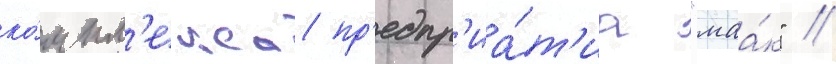
ко́мпл'екса пр'едпр'иа́т'иа "маа́к" //